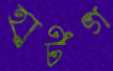
হার্টগ